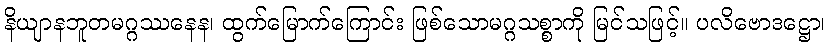
နိယျာနဘူတမဂ္ဂဿနေန၊ ထွက်မြောက်ကြောင်း ဖြစ်သောမဂ္ဂသစ္စာကို မြင်သဖြင့်။ ပလိဗောဒဋ္ဌော၊